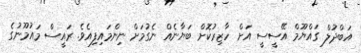
އަބްދުލް ގައްޔޫމް އޭސީސީ އަށް ހާޒިރުކޮށް ބަޔާނެއް ނެގުމަށް ނިންމައިފިއެވެ. ރައީސް މައުމޫނުގެ